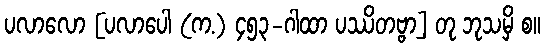
ပလာလော [ပလာပေါ (က.) ၄၅၃-ဂါထာ ပဿိတဗ္ဗာ] တု ဘုသမှိ စ။